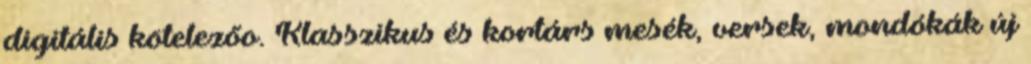
digitális kötelezőo. Klasszikus és kortárs mesék, versek, mondókák új